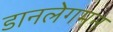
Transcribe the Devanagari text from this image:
डानलेगमन